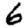
Digit: 6